Civil Veterinary Dept. Bombay admin report 1893-99 - 1893-1899
Year: 1893
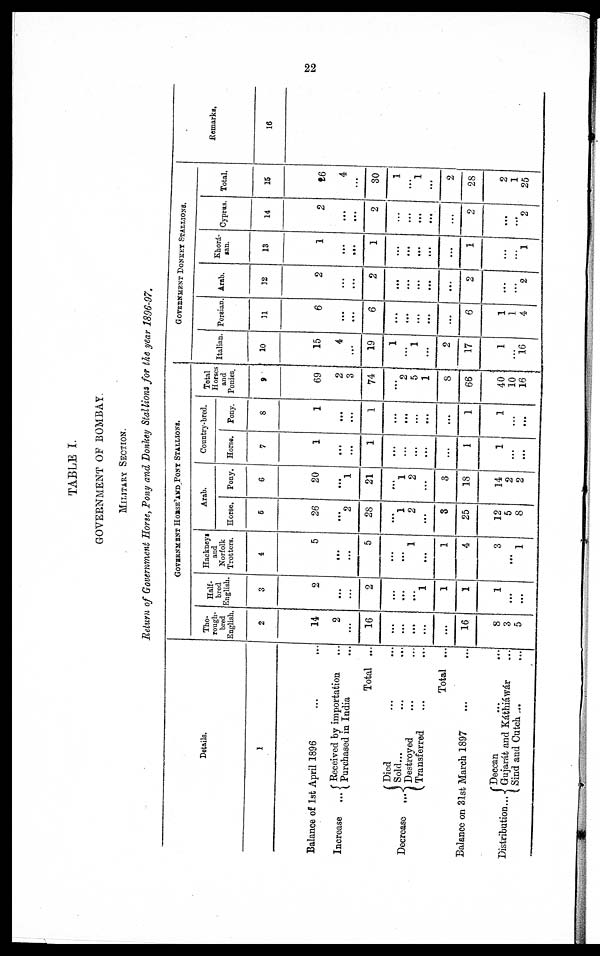
22
TABLE I.
GOVERNMENT OF BOMBAY.
MILITARY SECTION.
Return of Government Horse, Pony and Donkey Stallions for the year 1896-97.
Details.
1
Balance of 1st April 1896 ... ...
Increase ...
Decrease ...
Received by importation ...
Purchased in India ...
Total ...
Died ... ...
Sold...
Destroyed ... ...
Transferred ... ...
Total ...
Balance on 31st March 1897 ... ...
Distribution...
Deccan
...
...
Gujarát and Káthiáwár ...
Sind and Catch ... ...
GOVERNMENT HORSE AND PONY STALLIONS.
Tho-
rough-
bred
English.
2
14
2
...
16
...
...
...
...
...
10
8
3
5
Half-
bred
English.
3
2
...
...
2
...
...
...
1
1
1
1
...
...
Hackneys
and
Norfolk
Trotters.
4
5
...
...
5
...
...
1
...
1
4
3
...
1
Arab.
Horse.
5
26
...
2
28
...
1
2
...
8
25
12
5
8
Pony.
6
20
...
1
21
...
1
2
...
3
18
14
2
2
Country-bred,
Horse.
7
1
...
...
1
...
...
...
...
...
1
1
...
...
Pony.
8
1
...
...
1
...
...
...
...
...
1
1
...
...
Total
Horses
and
Ponies.
9
69
2
3
74
...
2
5
1
8
66
40
10
16
GOVERNMENT DONKEY STALLIONS.
Italian.
10
15
4
...
19
1
...
1
...
2
17
1
...
16
Persian.
11
6
...
...
6
...
...
...
...
...
6
1
1
4
Arab.
12
2
...
...
2
...
...
...
...
...
2
...
...
2
Khorá-
san
13
1
...
...
1
...
...
...
...
...
1
...
...
1
Cyprus.
14
2
...
...
2
...
...
...
...
...
2
...
...
2
Total.
15
26
4
...
30
1
...
1
...
2
28
2
1
25
Remarks.
16